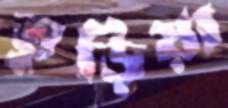
তুড়িয়া